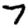
Digit: 7